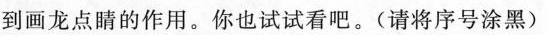
到画龙点睛的作用。你也试试看吧。(请将序号涂黑)